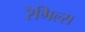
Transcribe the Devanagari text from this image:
रेगिल्स